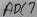
Text: ADC7